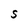
Character: S